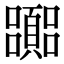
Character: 嚻